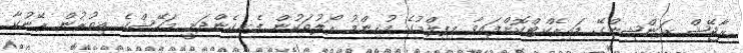
ރާޖޭޝް ރަންޝިންގޭ ޑައިރެކްޓްކޮށްފައިވާ މިފިލްމުގެ މުހިންމު ރޯލުތަކުން ފެނިގެންދަނީ މަހޭޝްގެ އިތުރުން ރޭނުކާ